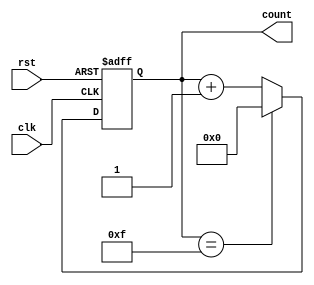
module up_counter_moore(
    input wire clk,         // Clock input
    input wire rst,         // Reset input (active-high)
    output reg [3:0] count  // 4-bit output representing the current count
);

// Sequential logic for state transitions
always @(posedge clk or posedge rst) begin
    if (rst) begin
        count <= 4'b0000;  // Reset to state 0
    end else begin
        if (count == 4'b1111) begin
            count <= 4'b0000;  // Wrap around to 0 after reaching 15
        end else begin
            count <= count + 1;  // Increment the counter
        end
    end
end

endmodule